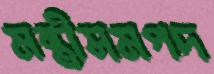
মন্ত্রীসমপদ